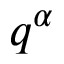
q ^ { \alpha }